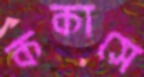
ককাসে